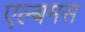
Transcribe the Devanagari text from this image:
एल्बमस